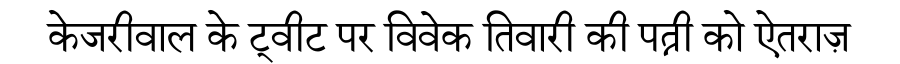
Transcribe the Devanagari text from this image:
केजरीवाल के ट्वीट पर विवेक तिवारी की पत्नी को ऐतराज़